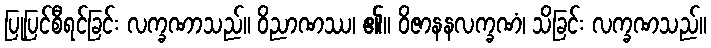
ပြုပြင်စီရင်ခြင်း လက္ခဏာသည်။ ဝိညာဏဿ၊ ၏။ ဝိဇာနနလက္ခဏံ၊ သိခြင်း လက္ခဏသည်။